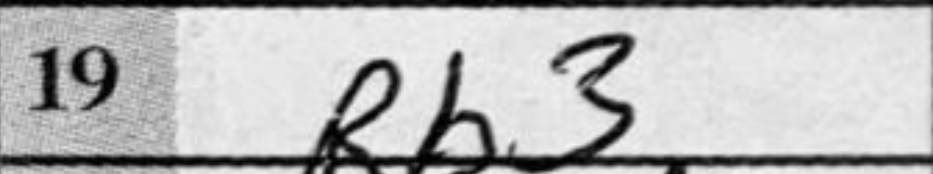
Transcription: Rb3